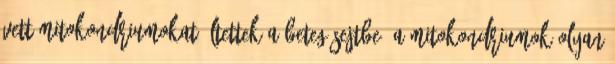
vett mitokondriumokat ültettek a beteg sejtbe. A mitokondriumok olyan